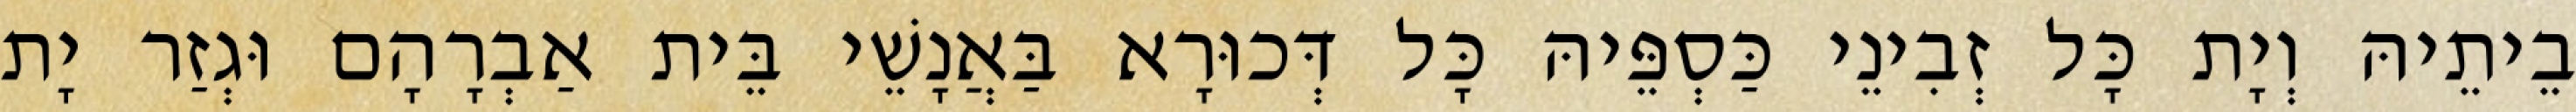
בֵיתֵיהּ וְיָת כָּל זְבִינֵי כַּסְפֵּיהּ כָּל דְּכוּרָא בַּאֲנָשֵׁי בֵּית אַבְרָהָם וּגְזַר יָת